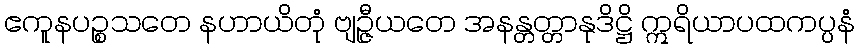
ဧကူနပဉ္စသတေ နဟာယိတုံ ဗျဉ္ဇီယတေ အနန္တတ္တာနုဒိဋ္ဌိ ဣရိယာပထကပ္ပနံ